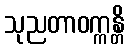
သုညတာဝက္ကန္တိ